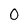
Character: 0